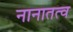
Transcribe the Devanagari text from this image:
नानातत्व